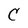
Character: C